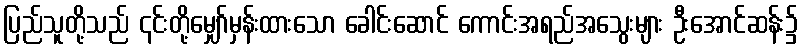
ပြည်သူတို့သည် ၎င်းတို့မျှော်မှန်းထားသော ခေါင်းဆောင် ကောင်းအရည်အသွေးများ ဦးအောင်ဆန်း၌